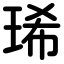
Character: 琋